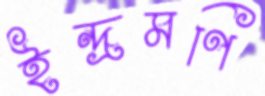
ইন্দ্রমণি